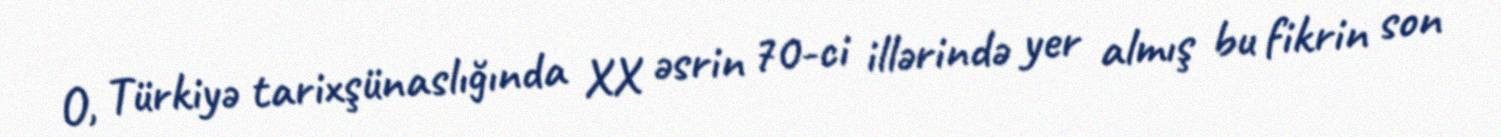
O, Türkiyə tarixşünaslığında XX əsrin 70-ci illərində yer almış bu fikrin son